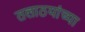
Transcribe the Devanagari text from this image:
तलाठयांच्या